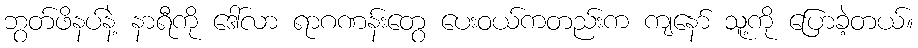
ဘွတ်ဖိနပ်နဲ့ နာရီကို ဒေါ်လာ ရာဂဏန်းတွေ ပေးဝယ်ကတည်းက ကျနော် သူ့ကို ပြောခဲ့တယ်။